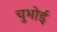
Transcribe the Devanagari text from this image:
चुभोई